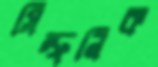
সিম্ফনিক